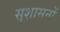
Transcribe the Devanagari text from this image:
सुशासनों